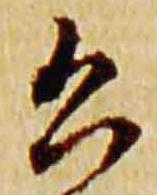
公